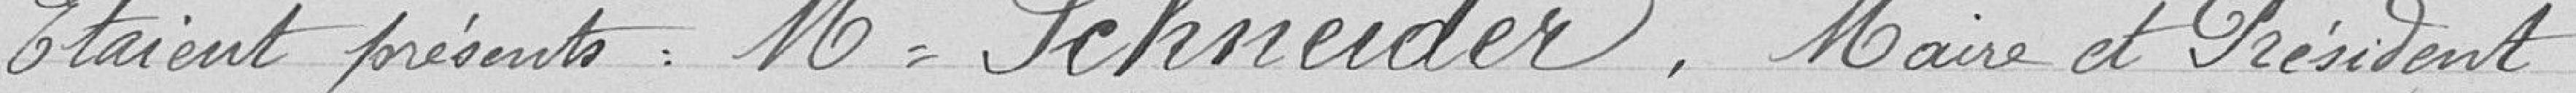
Étaient présents Mr Schneider, Maire et Président